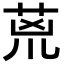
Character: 𮏇